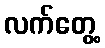
လက်တွေ့